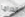
الدراما